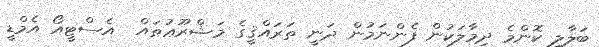
ބަލާލި ކޮންމެ ދިމާލަކުން ފެންނަމުން ދަނީ ތަރައްޤީގެ މަޝްރޫޢުތައް  އެސްޓީއޯ އެމްޑީ